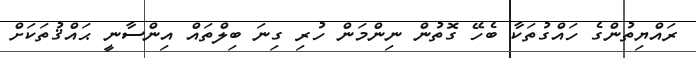
ރައްޔިތުންގެ ހައްގުތަކާ ބެހޭ ގޮތުން ނިންމަން ހުރި ގިނަ ބިލްތައް އިންސާނީ ޙައްޤުތަކަށް